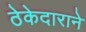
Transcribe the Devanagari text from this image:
ठेकेदाराने